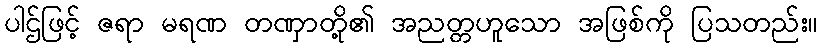
ပါဌ်ဖြင့် ဇရာ မရဏ တဏှာတို့၏ အညတ္တဟူသော အဖြစ်ကို ပြသတည်း။